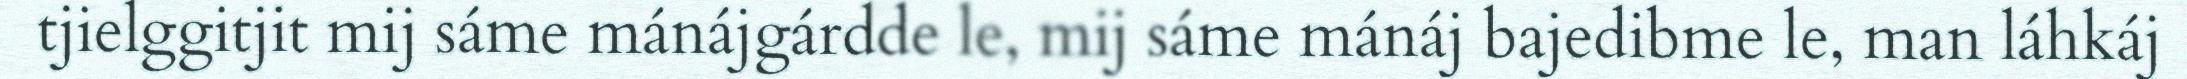
tjielggitjit mij sáme mánájgárdde le, mij sáme mánáj bajedibme le, man láhkáj